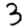
Digit: 3